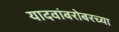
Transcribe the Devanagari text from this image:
यादवांबरोबरच्या